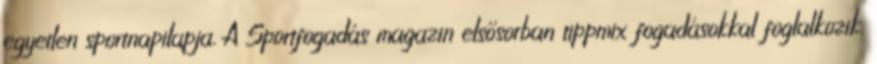
egyetlen sportnapilapja. A Sportfogadás magazin elsősorban tippmix fogadásokkal foglalkozik.